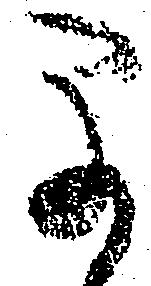
早